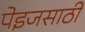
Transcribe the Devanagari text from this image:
पेइजसाठी